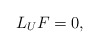
\begin{align*}L_U F = 0,\end{align*}